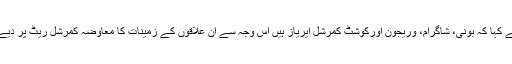
ایم پی اے نے کہا کہ بونی، شاگرام، وریجون اورکوشٹ کمرشل ایریاز ہیں اس وجہ سے ان علاقوں کے زمینات کا معاوضہ کمرشل ریٹ پر دیے جائیں گے۔